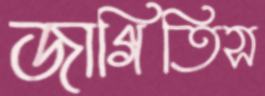
জাগিতিস